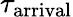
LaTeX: \tau_{\mathrm{arrival}}